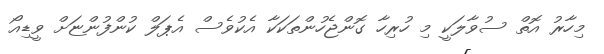
މިހާރު އޮތް ސުވާލަކީ މި ހުރިހާ ގޮންޖެހުންތަކަކާ އެކުވެސް އެޕަލް ކުންފުންޏަށް ވީޑިއޯ